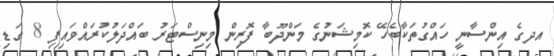
އދގެ އިންސާނީ ހައްގުތަކާބެހޭ ކޮމިޝަނުގެ މަންދޫބާ ފޮރިން މިނިސްޓަރު ބައްދަލުކުރައްވައިިފި 8 ގަޑި